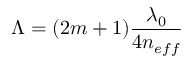
\Lambda = ( 2 m + 1 ) \frac { \lambda _ { 0 } } { 4 n _ { e f f } }